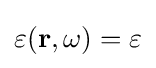
\varepsilon (\mathbf {r} ,\omega )=\varepsilon